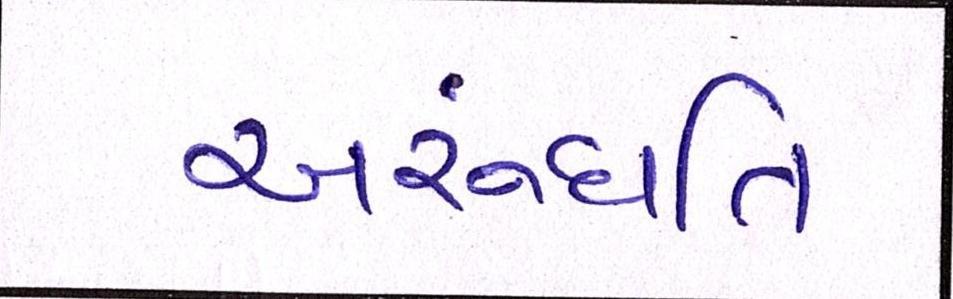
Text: અરુંધતિ